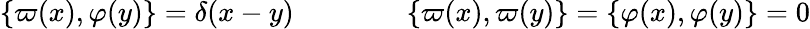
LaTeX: \{ \varpi(x),\varphi(y)\} =\delta(x-y)\qquad\qquad\{ \varpi(x),\varpi(y)\} =\{ \varphi(x),\varphi(y)\} =0